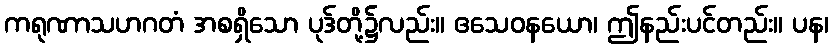
ကရုဏာသဟဂတံ အစရှိသော ပုဒ်တို့၌လည်း။ ဧသေဝနယော၊ ဤနည်းပင်တည်း။ ပန၊